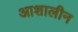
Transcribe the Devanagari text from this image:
आशालीन